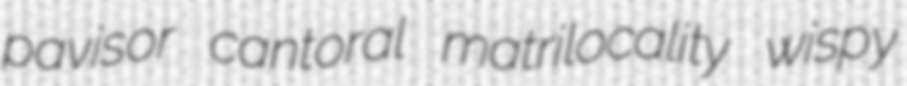
pavisor cantoral matrilocality wispy